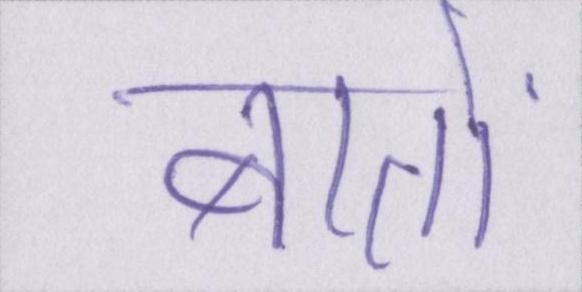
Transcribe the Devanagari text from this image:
बातों